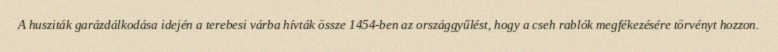
A husziták garázdálkodása idején a terebesi várba hívták össze 1454-ben az országgyűlést, hogy a cseh rablók megfékezésére törvényt hozzon.